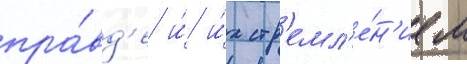
пра́вд'е и́ и́х стр'емл'е́н'ием